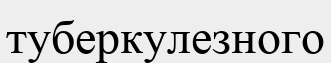
туберкулезного